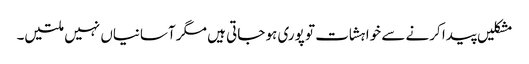
مشکلیں پیدا کرنے سے خواہشات تو پوری ہو جاتی ہیں مگر آسانیاں نہیں ملتیں۔